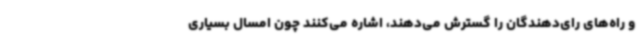
و راه‌های رای‌دهندگان را گسترش می‌دهند، اشاره می‌کنند چون امسال بسیاری